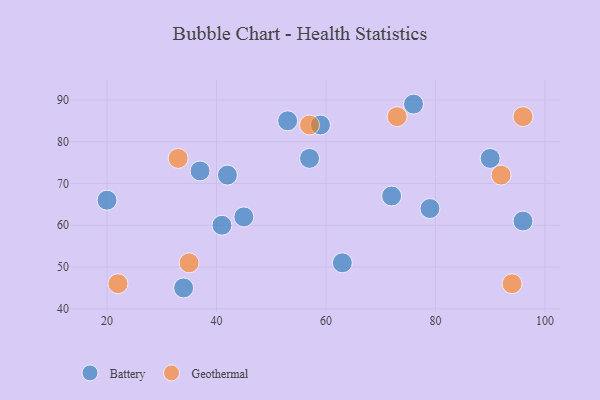
{"axis": {"x": "GDP", "y": "Life Expectancy"}, "legend": ["Battery", "Geothermal"], "data": [{"x": "76", "y": 89, "type": "Battery"}, {"x": "57", "y": 76, "type": "Battery"}, {"x": "34", "y": 45, "type": "Battery"}, {"x": "20", "y": 66, "type": "Battery"}, {"x": "59", "y": 84, "type": "Battery"}, {"x": "90", "y": 76, "type": "Battery"}, {"x": "41", "y": 60, "type": "Battery"}, {"x": "63", "y": 51, "type": "Battery"}, {"x": "37", "y": 73, "type": "Battery"}, {"x": "45", "y": 62, "type": "Battery"}, {"x": "53", "y": 85, "type": "Battery"}, {"x": "42", "y": 72, "type": "Battery"}, {"x": "96", "y": 61, "type": "Battery"}, {"x": "79", "y": 64, "type": "Battery"}, {"x": "72", "y": 67, "type": "Battery"}, {"x": "57", "y": 84, "type": "Geothermal"}, {"x": "96", "y": 86, "type": "Geothermal"}, {"x": "94", "y": 46, "type": "Geothermal"}, {"x": "22", "y": 46, "type": "Geothermal"}, {"x": "35", "y": 51, "type": "Geothermal"}, {"x": "92", "y": 72, "type": "Geothermal"}, {"x": "33", "y": 76, "type": "Geothermal"}, {"x": "73", "y": 86, "type": "Geothermal"}]}